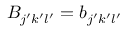
B _ { j ^ { \prime } k ^ { \prime } l ^ { \prime } } = b _ { j ^ { \prime } k ^ { \prime } l ^ { \prime } }